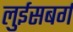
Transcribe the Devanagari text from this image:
लुईसबर्ग